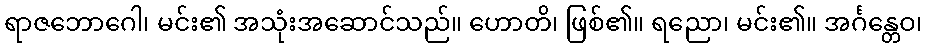
ရာဇဘောဂေါ၊ မင်း၏ အသုံးအဆောင်သည်။ ဟောတိ၊ ဖြစ်၏။ ရညော၊ မင်း၏။ အင်္ဂန္တေဝ၊